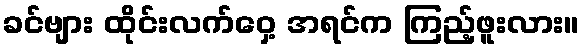
ခင်ဗျား ထိုင်းလက်ဝှေ့ အရင်က ကြည့်ဖူးလား။